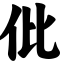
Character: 仳